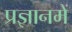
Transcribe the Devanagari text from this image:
प्रज्ञानमें